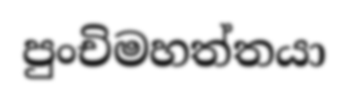
පුංචිමහත්තයා